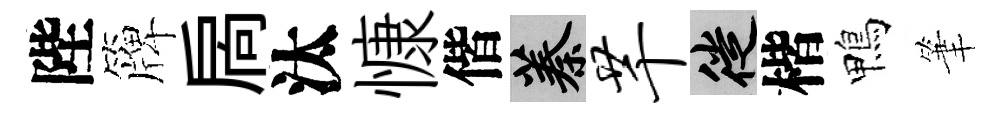
陛簰扄汰慷偕蓁芊徙楷鴨筆